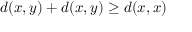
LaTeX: d ( x , y ) + d ( x , y ) \geq d ( x , x )